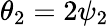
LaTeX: \theta_{2}=2\psi_{2}